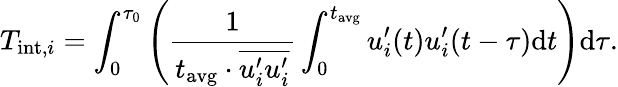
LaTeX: T_{\mathrm{int},i}=\int_{0}^{\tau_{0}}\left(\frac{1}{t_{\mathrm{avg}}\cdot\overline{{u_{i}^{\prime}u_{i}^{\prime}}}}\int_{0}^{t_{\mathrm{avg}}}u_{i}^{\prime}(t)u_{i}^{\prime}(t-\tau)\mathrm dt\right)\mathrm d\tau.